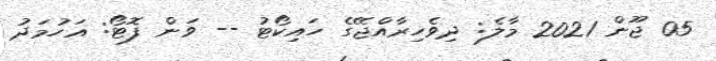
05 ޖޫން 2021 މާލެ: ދިވެހިރާއްޖޭގެ ހައިކޯޓު -- ވަން ފޮޓޯ: އަހުމަދު